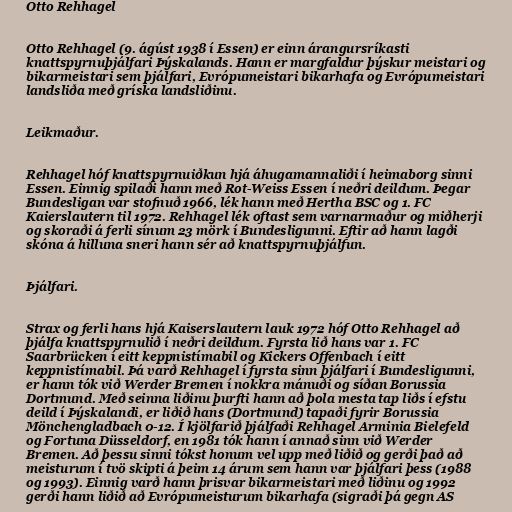
Otto Rehhagel

Otto Rehhagel (9. ágúst 1938 í Essen) er einn árangursríkasti
knattspyrnuþjálfari Þýskalands. Hann er margfaldur þýskur meistari og
bikarmeistari sem þjálfari, Evrópumeistari bikarhafa og Evrópumeistari
landsliða með gríska landsliðinu.

Leikmaður.

Rehhagel hóf knattspyrnuiðkun hjá áhugamannaliði í heimaborg sinni
Essen. Einnig spilaði hann með Rot-Weiss Essen í neðri deildum. Þegar
Bundesligan var stofnuð 1966, lék hann með Hertha BSC og 1. FC
Kaierslautern til 1972. Rehhagel lék oftast sem varnarmaður og miðherji
og skoraði á ferli sínum 23 mörk í Bundesligunni. Eftir að hann lagði
skóna á hilluna sneri hann sér að knattspyrnuþjálfun.

Þjálfari.

Strax og ferli hans hjá Kaiserslautern lauk 1972 hóf Otto Rehhagel að
þjálfa knattspyrnulið í neðri deildum. Fyrsta lið hans var 1. FC
Saarbrücken í eitt keppnistímabil og Kickers Offenbach í eitt
keppnistímabil. Þá varð Rehhagel í fyrsta sinn þjálfari í Bundesligunni,
er hann tók við Werder Bremen í nokkra mánuði og síðan Borussia
Dortmund. Með seinna liðinu þurfti hann að þola mesta tap liðs í efstu
deild í Þýskalandi, er liðið hans (Dortmund) tapaði fyrir Borussia
Mönchengladbach 0-12. Í kjölfarið þjálfaði Rehhagel Arminia Bielefeld
og Fortuna Düsseldorf, en 1981 tók hann í annað sinn við Werder
Bremen. Að þessu sinni tókst honum vel upp með liðið og gerði það að
meisturum í tvö skipti á þeim 14 árum sem hann var þjálfari þess (1988
og 1993). Einnig varð hann þrisvar bikarmeistari með liðinu og 1992
gerði hann liðið að Evrópumeisturum bikarhafa (sigraði þá gegn AS